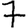
Digit: 7